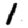
Digit: 1